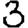
Digit: 3